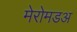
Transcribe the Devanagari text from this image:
मेरोमडअ